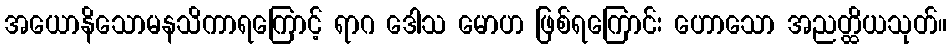
အယောနိသောမနသိကာရကြောင့် ရာဂ ဒေါသ မောဟ ဖြစ်ရကြောင်း ဟောသော အညတ္ထိယသုတ်။